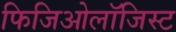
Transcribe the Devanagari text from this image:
फिजिओलॉजिस्ट